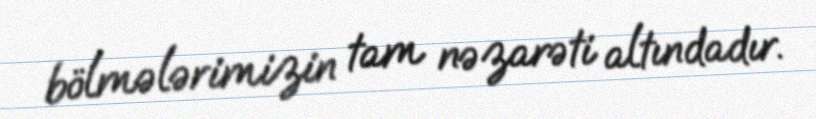
bölmələrimizin tam nəzarəti altındadır.